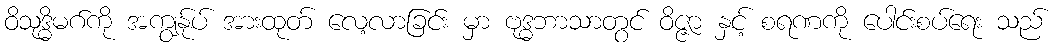
ဝိသုဒ္ဓိမဂ်ကို အကျွန်ုပ် အားထုတ် လေ့လာခြင်း မှာ ဗုဒ္ဓဘာသာတွင် ဝိဇ္ဇာ နှင့် စရဏကို ပေါင်းစပ်ရေး သည်